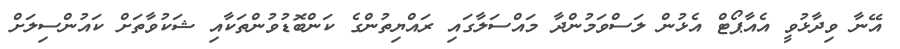
އޭނާ ވިދާޅުވީ އެއާޕޯޓް އެޅުން ލަސްވަމުންދާ މައްސަލާގައި ރައްޔިތުންގެ ކަންބޮޑުވުންތަކާއި ޝަކުވާތަށް ކައުންސިލަށް